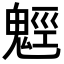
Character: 𩳍